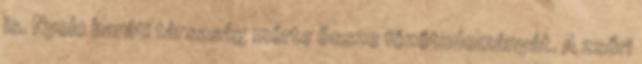
is. Nyolc baráti társaság mérte össze főzőtudományát. A zsűri